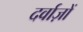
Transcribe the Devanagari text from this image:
दर्वाज़ों